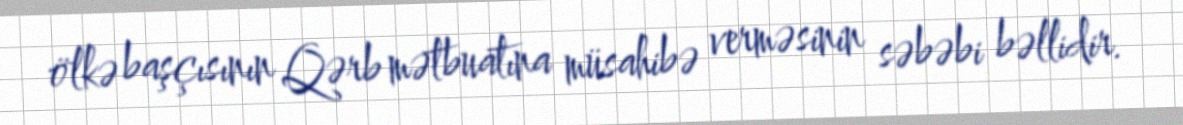
ölkə başçısının Qərb mətbuatına müsahibə verməsinin səbəbi bəllidir.